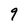
Character: 9